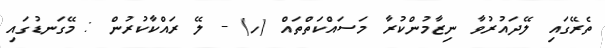
ތެރޭގައި ލޭދައުރުވާ ނިޒާމުންކުރާ މަސައްކަތްތައް (ހ) - ލޭ ރައްކާކުރުން : މޭގަނޑުގައި